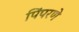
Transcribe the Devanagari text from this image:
पिंपरणे